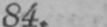
84.